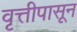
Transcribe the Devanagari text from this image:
वृत्तीपासून